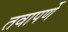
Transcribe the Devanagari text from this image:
तवापर्णे